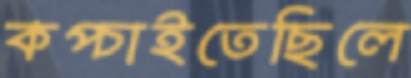
কপ্‌চাইতেছিলে